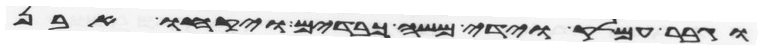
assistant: וגבר עמלק וידי משה כבדים ויקחו אבן